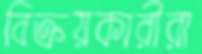
বিক্রয়কারীরা